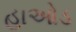
હાઓડ